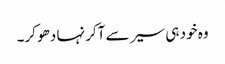
وہ خود ہی سیر سے آکر نہا دھو کر۔